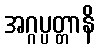
အဂ္ဂပ္ပတ္တာနိ